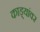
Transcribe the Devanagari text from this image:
काड्यांवर